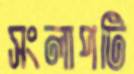
সংলাপটি